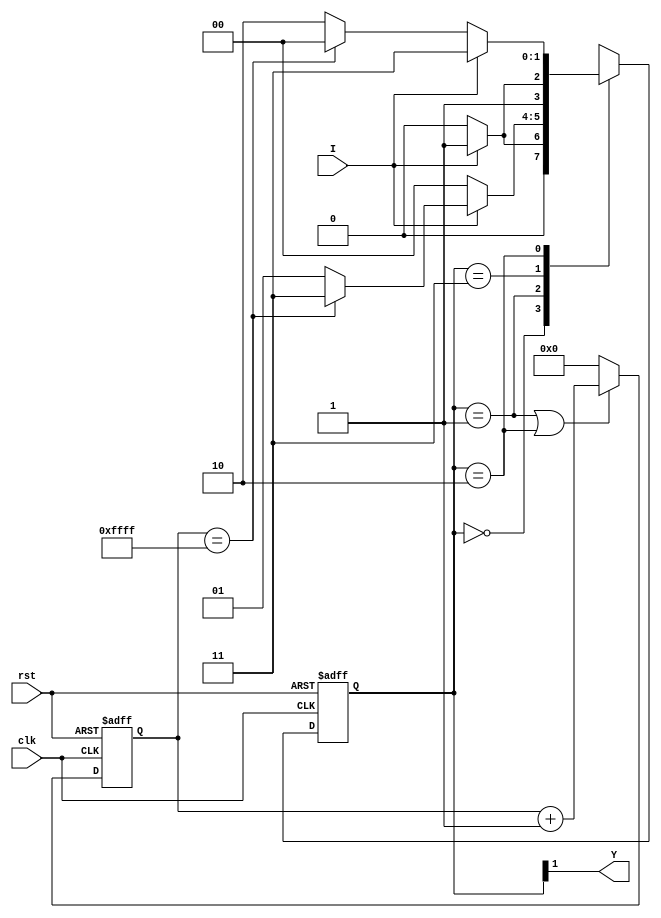
`timescale 1ns / 1ps
//////////////////////////////////////////////////////////////////////////////////
// Company: 
// Engineer: 
// 
// Design Name: 
// Module Name: debouncer
// Project Name: 
// Target Devices: 
// Tool Versions: 
// Description: 
// 
// Dependencies: 
// 
// Revision:
// Revision 0.01 - File Created
// Additional Comments:
// 
//////////////////////////////////////////////////////////////////////////////////


module debouncer
#(parameter N=16'hffff)
    (
    input clk,
    input rst,
    input I,
    output Y
    );
       // as clock input is undivided from the 100MHz base, N=2^16-1 -> maximum noise period = 655us or 0.6ms
    reg [15:0] C;           // "time" since last input flip
    reg [1:0] ps;           // state machine's present state, 
    // 00 is low, no recent input flip, 01 
    
    always@(posedge clk or posedge rst)begin
        if (rst == 1'b1)
                C <= 'b0;
        else if (ps == 2'b01 || ps == 2'b10)
            C <= C + 1'b1; // count only while in a transition state
        else
            C <= 'b0; // reset counter while in stable state, to prepare for transition
    end
    always@(posedge clk or posedge rst) begin // set state machine registers, depending on current state, input, count, and max count
        if (rst == 1'b1)
                ps <= 'b0;
        else begin case (ps)
            2'b00: ps <= (I) ? 2'b01 : 2'b00;                       // OFF - no recent input flip
            2'b01: ps <= (I) ? (C == N) ? 2'b11 : 2'b01 : 2'b00;    // OFF - counting time, if no second input flip in maximum noise period, transition to ON
            2'b11: ps <= (I) ? 2'b11 : 2'b10;                       // ON - no recent input flip
            2'b10: ps <= (I) ? 2'b11 : (C == N) ? 2'b00 : 2'b10;    // ON - counting time, if no second input flip in maximum noise period, transition to OFF
        endcase
        end
    end
    assign Y = ps[1]; // set the output
endmodule